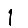
Digit: 1